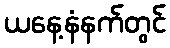
ယနေ့နံနက်တွင်